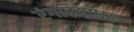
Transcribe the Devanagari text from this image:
रंगविद्याधर